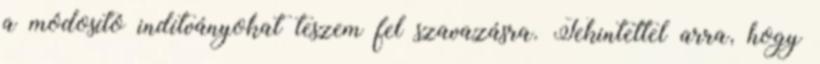
a módosító indítványokat teszem fel szavazásra. Tekintettel arra, hogy